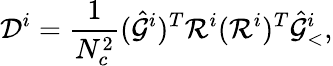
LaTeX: \mathcal{D}^{i}=\frac{1}{N_{c}^{2}}(\hat{\mathcal{G}}^{i})^{T}\mathcal{R}^{i}(\mathcal{R}^{i})^{T}\hat{\mathcal{G}}_{<}^{i},